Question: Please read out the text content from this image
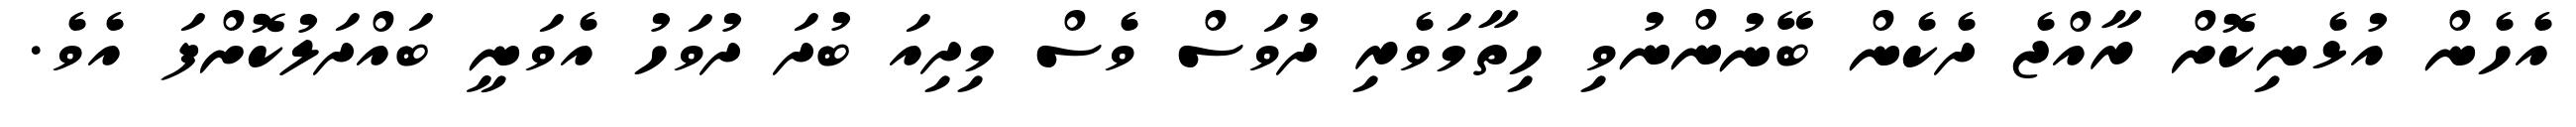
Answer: އެހެން އުޅެނިކޮށް ރާއްޖެ ދެކެން ބޭނުންނުވި ހިތާމަވެރި ދުވަސް ވެސް މިދިއަ ބުދަ ދުވަހު އެވަނީ ބައްދަލުކޮށްފަ އެވެ.